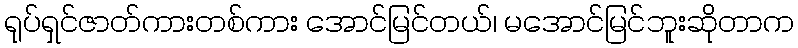
ရုပ်ရှင်ဇာတ်ကားတစ်ကား အောင်မြင်တယ်၊ မအောင်မြင်ဘူးဆိုတာက